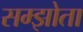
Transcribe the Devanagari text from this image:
सम्झोता